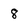
Character: 8